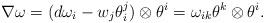
LaTeX: \begin{align*}\nabla \omega = (d\omega_i-w_j\theta^j_i)\otimes \theta^i= \omega_{ik}\theta^k \otimes \theta^i.\end{align*}